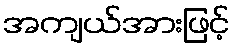
အကျယ်အားဖြင့်